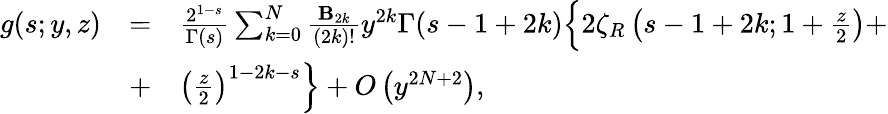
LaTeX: \begin{array}{rcl}{{g(s;y,z)}}&{{=}}&{{\frac{2^{1-s}}{\Gamma(s)}\sum_{k=0}^{N}\frac{{\mathbf B}_{2k}}{(2k)!}y^{2k}\Gamma(s-1+2k)\Bigl\{ 2\zeta_{R}\left(s-1+2k;1+\frac{z}{2}\right)+}}\\ {{}}&{{+}}&{{\left(\frac{z}{2}\right)^{1-2k-s}\Bigr\} +O\left(y^{2N+2}\right),}}\end{array}